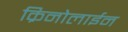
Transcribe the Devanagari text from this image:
क्रिनोलाईन